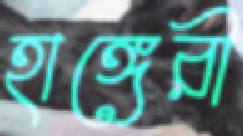
হাঙ্গেরী